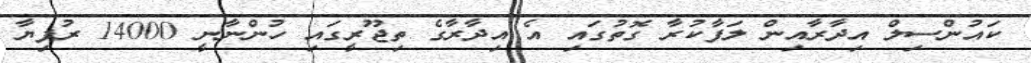
ކައުންސިލް އިދާރާއިން ލަފާކުރާ ގޮތުގައި އެ އިދާރާގެ ތިޖޫރީގައި ހުންނާނީ 14000 ރުފިޔާ